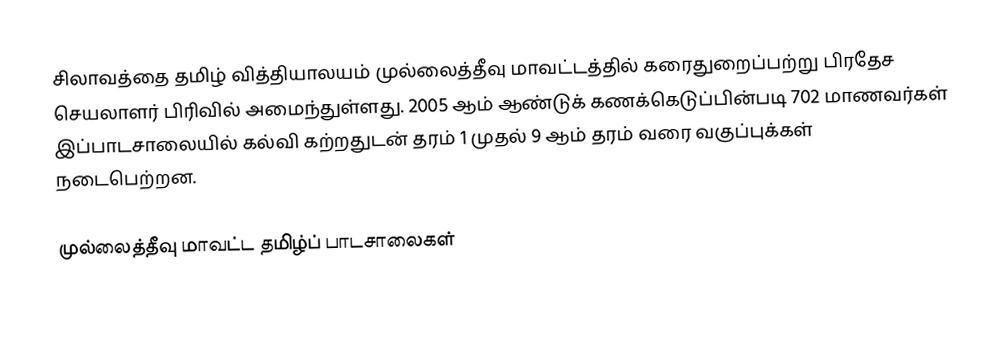
சிலாவத்தை தமிழ் வித்தியாலயம் முல்லைத்தீவு மாவட்டத்தில் கரைதுறைப்பற்று பிரதேச செயலாளர் பிரிவில் அமைந்துள்ளது. 2005 ஆம் ஆண்டுக் கணக்கெடுப்பின்படி 702 மாணவர்கள் இப்பாடசாலையில் கல்வி கற்றதுடன் தரம் 1 முதல் 9 ஆம் தரம் வரை வகுப்புக்கள் நடைபெற்றன.

முல்லைத்தீவு மாவட்ட தமிழ்ப் பாடசாலைகள்